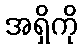
အရှိကို